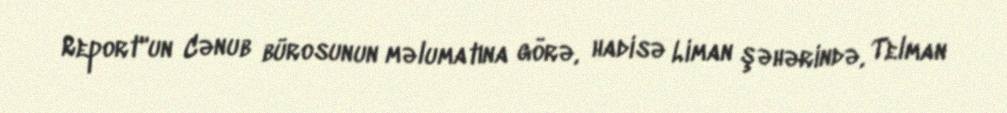
Report"un Cənub bürosunun məlumatına görə, hadisə Liman şəhərində, Telman